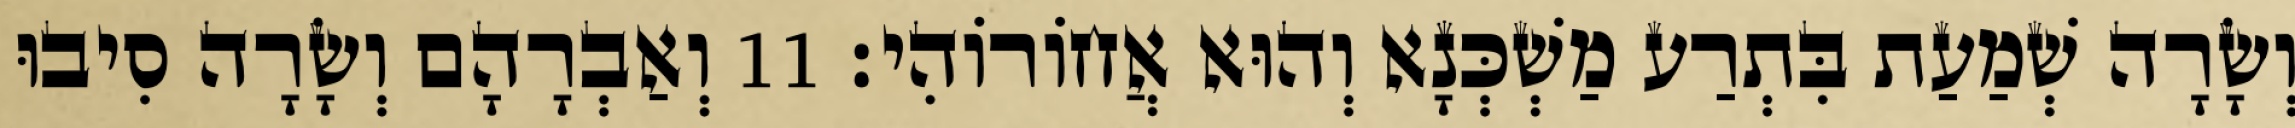
וְשָׂרָה שְׁמַעַת בִּתְרַע מַשְׁכְּנָא וְהוּא אֲחוֹרוֹהִי׃ 11 וְאַבְרָהָם וְשָׂרָה סִיבוּ